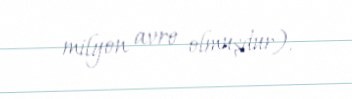
milyon avro olmuşdur).